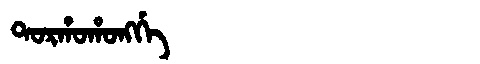
Manchu: ᡨᠣᡵᡥᠣᡥᠣᠩᡤᡝ
Romanization: TORHOHONGGE